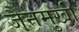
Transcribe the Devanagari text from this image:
जैनमुखी